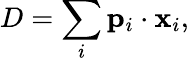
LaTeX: D=\sum_{i}{\mathbf p}_{i}\cdot{\mathbf x}_{i},